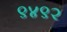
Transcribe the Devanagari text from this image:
९४९२